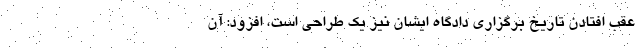
عقب افتادن تاریخ برگزاری دادگاه ایشان نیز یک طراحی است، افزود: آن